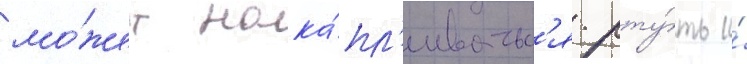
мо́жет нака́пл'иватьс'я рту́ть и́